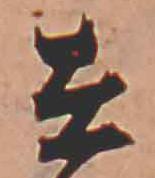
在